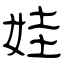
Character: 娃